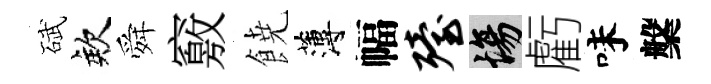
碔欸舜竅𩜙薄幅殪場虧味槃